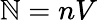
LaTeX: \mathbb{N}=nV